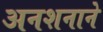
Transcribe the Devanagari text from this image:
अनशनाने